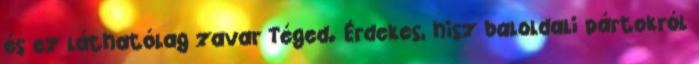
és ez láthatólag zavar Téged. Érdekes, hisz baloldali pártokról